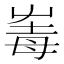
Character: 𡴛